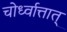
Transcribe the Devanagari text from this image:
चोर्ध्वात्तात्